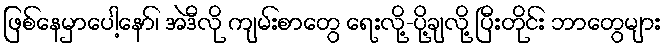
ဖြစ်နေမှာပေါ့နော်၊ အဲဒီလို ကျမ်းစာတွေ ရေးလို့-ပို့ချလို့ ပြီးတိုင်း ဘာတွေများ